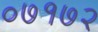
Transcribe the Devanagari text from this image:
०७१७२